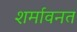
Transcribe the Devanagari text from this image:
शर्मावनत